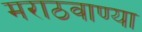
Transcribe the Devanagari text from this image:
मराठवाण्या